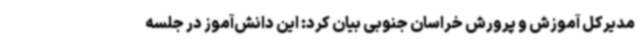
مدیرکل آموزش و پرورش خراسان جنوبی بیان کرد: این دانش‌آموز در جلسه